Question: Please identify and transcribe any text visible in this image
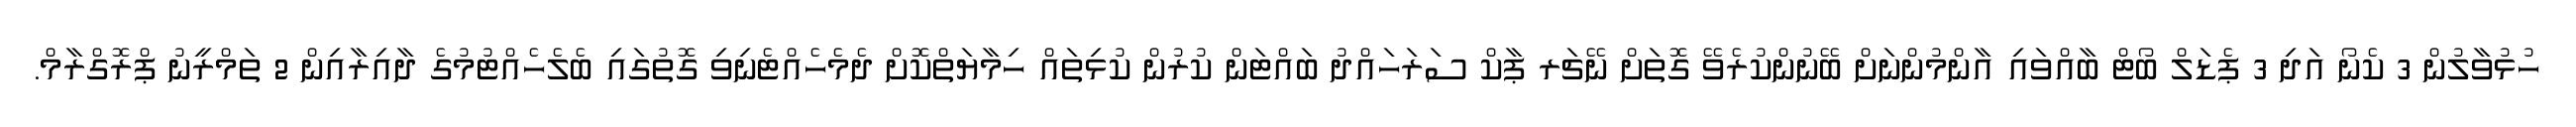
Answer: ހުޅުވާލުން 3 ކެނޯ އަދި 3 ޕެޑަލް ބޯޓް ބާއްވައި އާންމުންނަށް ބޭނުންކުރެވޭ ގޮތަށް ނޭޗަރ ޕާކް ސަރަހައްދު ބައްޓަން ކުރުން ކުޅިތައް ހިމާޔަތްކޮށް ދެމެހެއްޓެނިވި ގޮތުގައި ބެލެހެއްޓުމުގެ ދާއިރާއިން 2 ތަމްރީނު ޕްރޮގްރާމް.